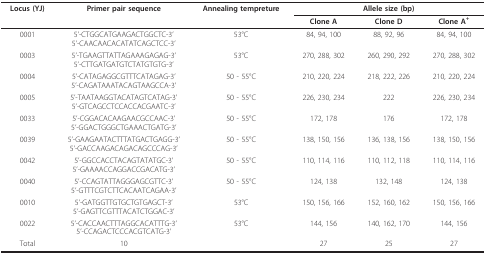
| Locus (YJ) | Primer pair sequence | Annealing tempreture | <COLSPAN=3> Allele size (bp) |
 |  |  |  | Clone A | Clone D | Clone A+ |
 | --- | --- | --- | --- | --- | --- |
 | 0001 | 5'-CTGGCATGAAGACTGGCTC-3'5'-CAACAACACATATCAGCTCC-3' | 53°C | 84, 94, 100 | 88, 92, 96 | 84, 94, 100 |
 | 0003 | 5'-TGAAGTTATTAGAAAGAGAG-3'5'-CTTGATGATGTCTATGTGTG-3' | 53°C | 270, 288, 302 | 260, 290, 292 | 270, 288, 302 |
 | 0004 | 5'-CATAGAGGCGTTTCATAGAG-3'5'-CAGATAAATACAGTAAGCCA-3' | 50 - 55°C | 210, 220, 224 | 218, 222, 226 | 210, 220, 224 |
 | 0005 | 5'-TAATAAGGTACATAGTCATAG-3'5'-GTCAGCCTCCACCACGAATC-3' | 50 - 55°C | 226, 230, 234 | 222 | 226, 230, 234 |
 | 0033 | 5'-CGGACACAAGAACGCCAAC-3'5'-GGACTGGGCTGAAACTGATG-3' | 50 - 55°C | 172, 178 | 176 | 172, 178 |
 | 0039 | 5'-GAAGAATACTTTATGACTGAGG-3'5'-GACCAAGACAGACAGCCCAG-3' | 50 - 55°C | 138, 150, 156 | 136, 138, 156 | 138, 150, 156 |
 | 0042 | 5'-GGCCACCTACAGTATATGC-3'5'-GAAAACCAGGACCGACATG-3' | 50 - 55°C | 110, 114, 116 | 110, 112, 118 | 110, 114, 116 |
 | 0040 | 5'-CCAGTATTAGGGAGCGTTC-3'5'-GTTTCGTCTTCACAATCAGAA-3' | 50 - 55°C | 124, 138 | 132, 148 | 124, 138 |
 | 0010 | 5'-GATGGTTGTGCTGTGAGCT-3'5'-GAGTTCGTTTACATCTGGAC-3' | 53°C | 150, 156, 166 | 152, 160, 162 | 150, 156, 166 |
 | 0022 | 5'-CACCAACTTTAGGCACATTTG-3'5'-CCAGACTCCCACGTCATG-3' | 53°C | 144, 156 | 140, 162, 170 | 144, 156 |
 | Total | 10 |  | 27 | 25 | 27 |